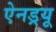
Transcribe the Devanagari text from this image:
ऐनड्रयू